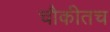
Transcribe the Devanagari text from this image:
चौकीतच